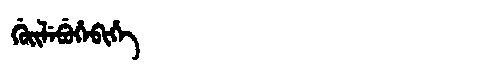
Manchu: ᡤᡠᡳᠯᡝᠪᡠᡥᡝᠪᡳᡥᡝ
Romanization: GUILEBUHEBIHE